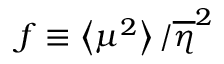
f \equiv \left< \mu ^ { 2 } \right> / \overline { { \eta } } ^ { 2 }